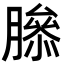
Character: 𦠨